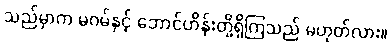
သည်မှာက မဂမ်နှင့် ဘောင်ဟိန်းတို့ရှိကြသည် မဟုတ်လား။